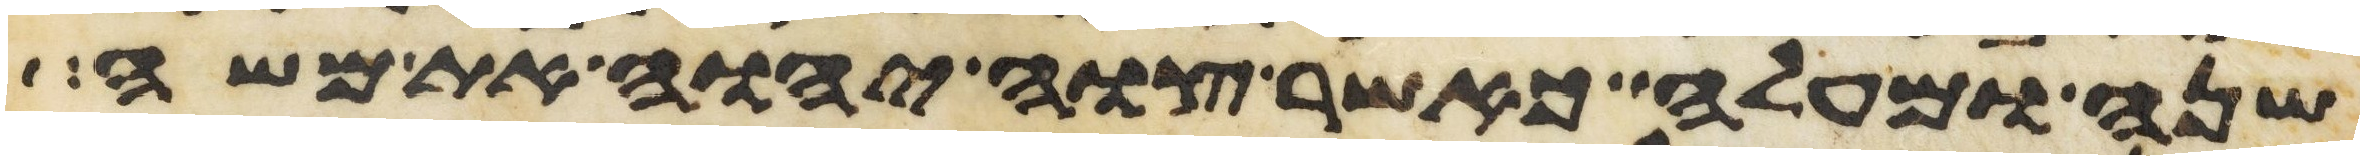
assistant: שנה ומעלה כאשר צוה יהוה את משה